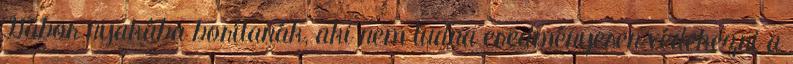
Gábor nyakába borítanák, aki nem tudna eredményesen védekezni a